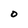
Character: O